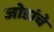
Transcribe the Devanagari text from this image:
जोडांचे